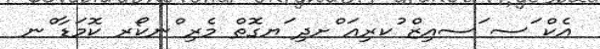
އެކް ަސ ަސއިޒް ުކރިއަ ްށދި ަޔގޮތް މެރި ްނކޯރ ކޮމަޑާ ްނ